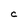
Character: C